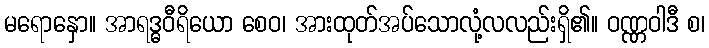
မရောနှော။ အာရဒ္ဓဝီရိယော စေဝ၊ အားထုတ်အပ်သောလုံ့လလည်းရှိ၏။ ဝဏ္ဏဝါဒီ စ၊